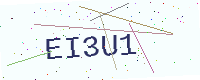
Text: EI3U1